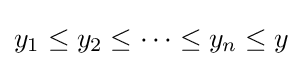
y_{1}\leq y_{2}\leq \cdots \leq y_{n}\leq y